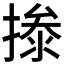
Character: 𰔝